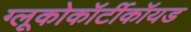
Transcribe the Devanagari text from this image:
ग्लूकोकॉर्टीकॉयड